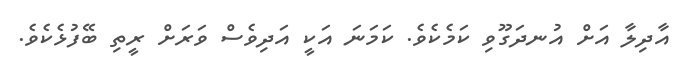
އާދިލާ އަށް އުނދަގޫވި ކަމެކެވެ. ކަމަނަ އަކީ އަދިވެސް ވަރަށް ރީތި ބޭފުޅެކެވެ.